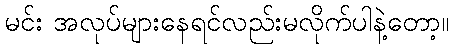
မင်း အလုပ်များနေရင်လည်းမလိုက်ပါနဲ့တော့။